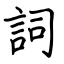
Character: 詞